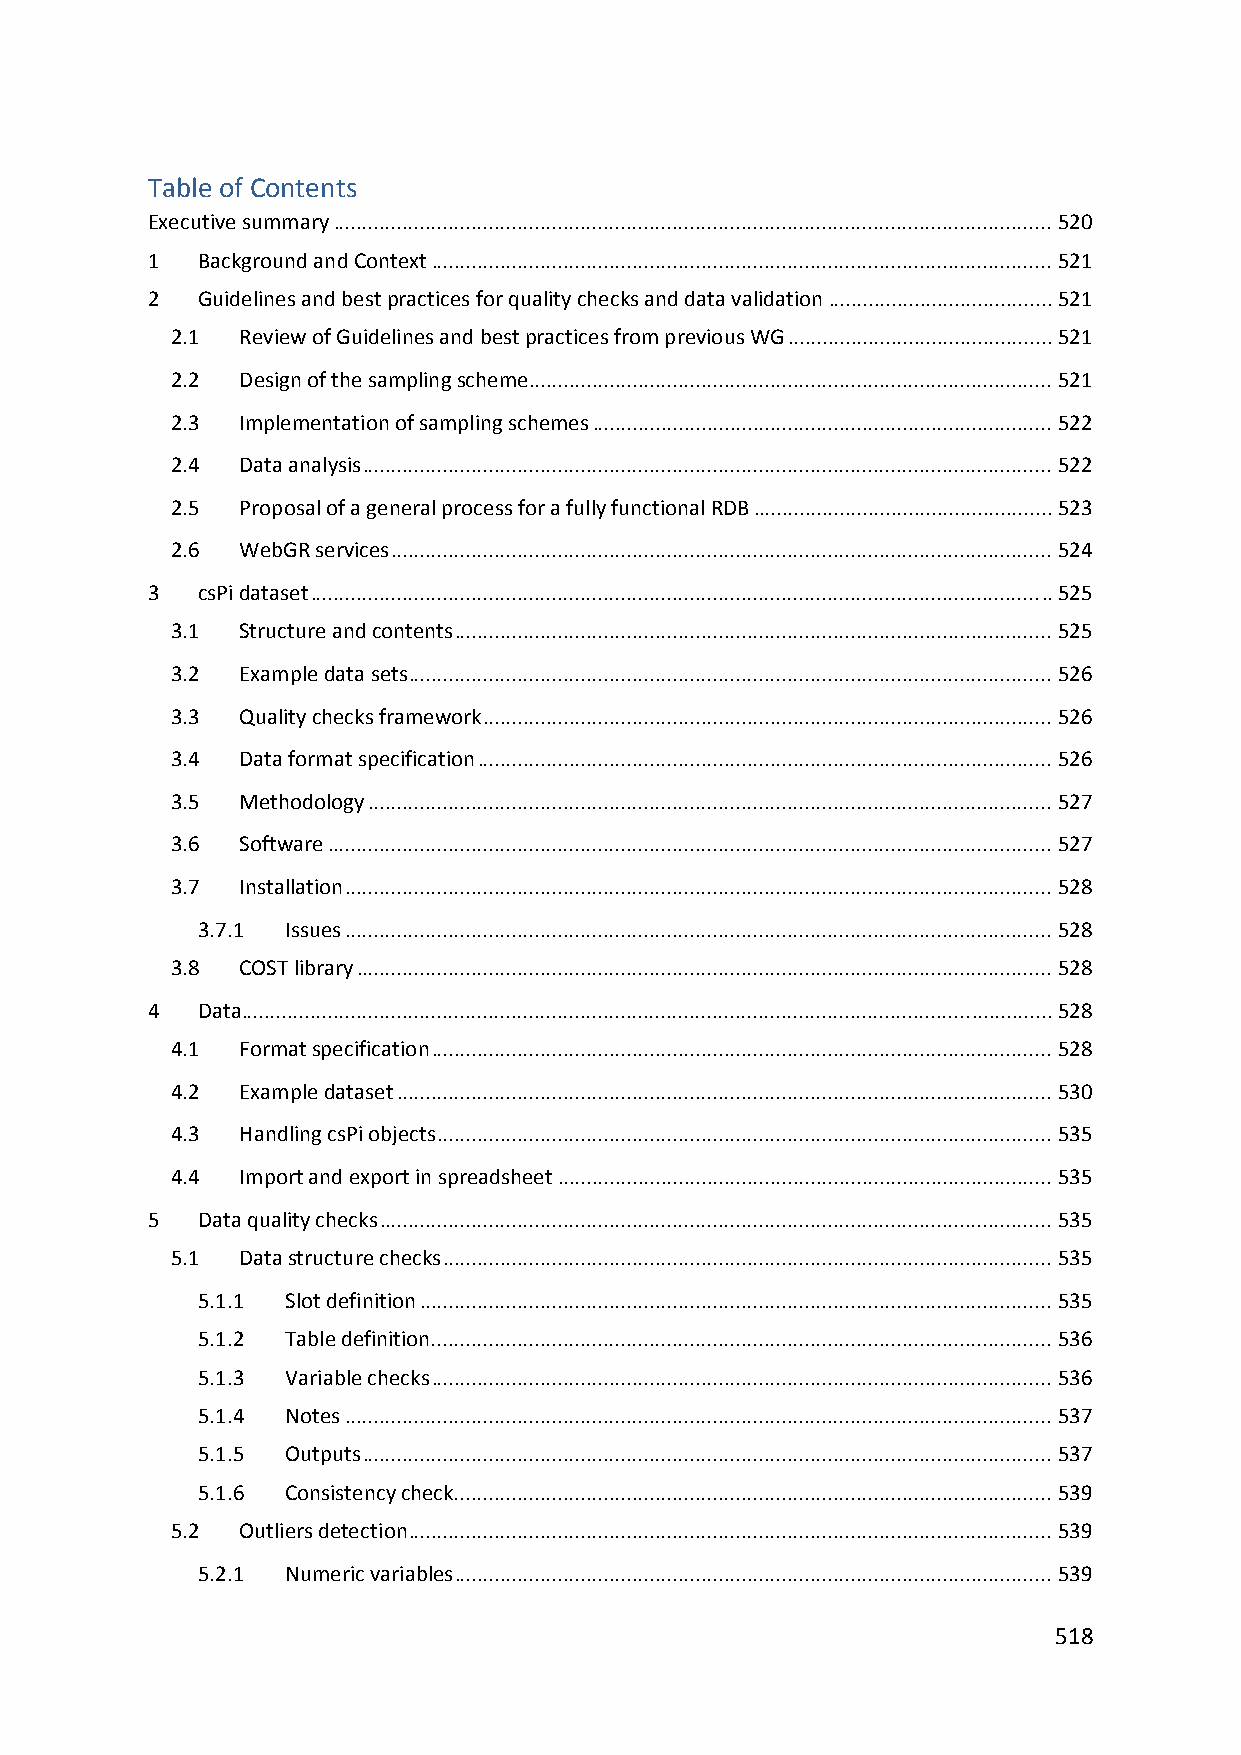
Table of Contents
 Executive summary ............................................................................................................................. 520
 1  Background and Context ............................................................................................................ 521
 2  Guidelines and best practices for quality checks and data validation ....................................... 521
 2.1  Review of Guidelines and best practices from previous WG .............................................. 521
 2.2  Design of the sampling scheme ........................................................................................... 521
 2.3  Implementation of sampling schemes ................................................................................ 522
 2.4  Data analysis ........................................................................................................................ 522
 2.5  Proposal of a general process for a fully functional RDB .................................................... 523
 2.6  WebGR services ................................................................................................................... 524
 3  csPi dataset ................................................................................................................................. 525
 3.1  Structure and contents ........................................................................................................ 525
 3.2  Example data sets ................................................................................................................ 526
 3.3  Quality checks framework ................................................................................................... 526
 3.4  Data format specification .................................................................................................... 526
 3.5  Methodology ....................................................................................................................... 527
 3.6  Software .............................................................................................................................. 527
 3.7  Installation ........................................................................................................................... 528
 3.7.1 Issues ........................................................................................................................... 528
 3.8  COST library ......................................................................................................................... 528
 4  Data ............................................................................................................................................. 528
 4.1  Format specification ............................................................................................................ 528
 4.2  Example dataset .................................................................................................................. 530
 4.3  Handling csPi objects ........................................................................................................... 535
 4.4  Import and export in spreadsheet ...................................................................................... 535
 5  Data quality checks ..................................................................................................................... 535
 5.1  Data structure checks .......................................................................................................... 535
 5.1.1 Slot definition .............................................................................................................. 535
 5.1.2 Table definition............................................................................................................ 536
 5.1.3 Variable checks ............................................................................................................ 536
 5.1.4 Notes ........................................................................................................................... 537
 5.1.5 Outputs ........................................................................................................................ 537
 5.1.6 Consistency check........................................................................................................ 539
 5.2  Outliers detection ................................................................................................................ 539
 5.2.1 Numeric variables ........................................................................................................ 539
 518